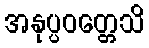
အနုပ္ပဝတ္တေသိ